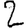
Digit: 2